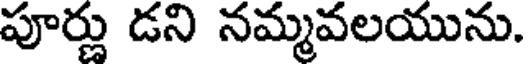
పూర్ణు డని నమ్మవలయును.